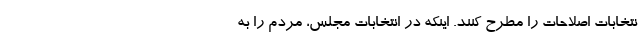
نتخابات اصلاحات را مطرح ‌کنند. اینکه در انتخابات مجلس، مردم را به